Lunatic asylums Burma 1907-21 - 1907-1921
Year: 1907
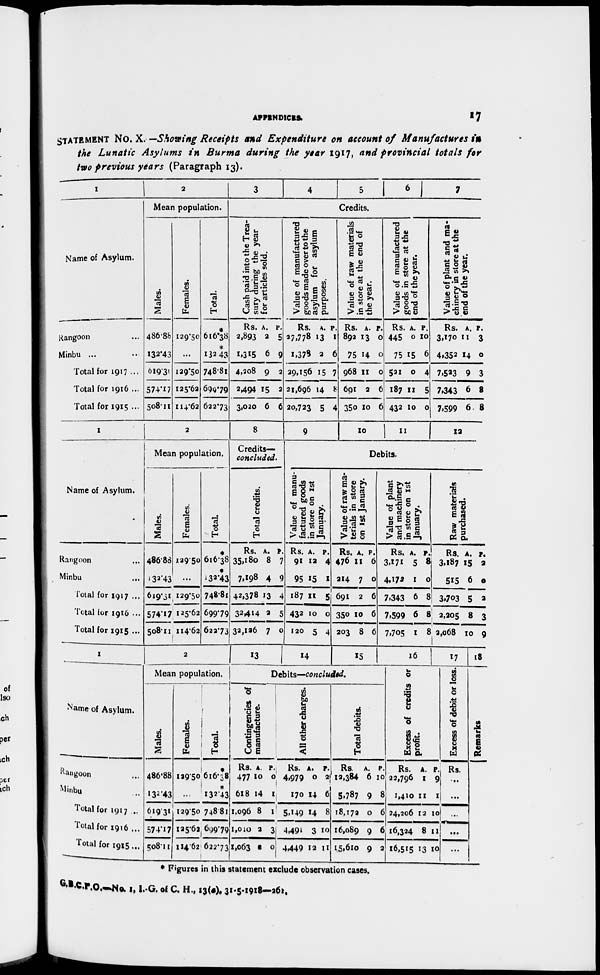
APPENDICES.
17
STATEMENT No. X. —Showing Receipts and Expenditure on account of Manufactures in
the Lunatic Asylums in Burma during the year 1917, and provincial totals for
two previous years (Paragraph 13).
1
Name of Asylum.
Rangoon ...
Minbu ... ...
Total for 1917 ...
Total for 1916 ...
Total for 1915 ...
2
Mean population.
Males.
486.88
132.43
619.31
574.17
508.11
Females.
129.50
...
129.50
125.62
114.62
Total.
*
616.38
*
132.43
748.81
690.79
622.73
3
4
5
6
7
Credits.
Cash paid into the Trea-
sury during the year
for articles sold.
Rs.
2,893
1,315
4,208
2,494
3,020
A.
2
6
9
15
6
P.
5
9
2
2
6
Value of manufactured
goods made over to the
asylum for asylum
purposes.
Rs.
27,778
1,378
29,156
21,696
20,723
A.
13
2
15
14
5
P.
1
6
7
8
4
Value of raw materials
in store at the end of
the year.
Rs.
892
75
968
691
350
A.
13
14
11
2
10
P.
0
0
0
6
6
Value of manufactured
goods in store at the
end of the year.
Rs.
445
75
521
187
432
A.
0
15
0
11
10
P.
10
6
4
5
0
Value of plant and ma-
chinery in store at the
end of the year.
Rs.
3,170
4,352
7,523
7,343
7,599
A.
11
14
9
6
6
P.
3
0
3
8
8
1
Name of Asylum.
Rangoon ...
Minbu ...
Total for 1917 ...
Total for 1916 ...
Total for 1915 ...
2
Mean population.
Males.
486.88
132.43
619.31
574.17
508.11
Females.
129.50
...
129.50
125.62
114.62
Total.
*
616.38
*
132.43
748.81
699.79
622.73
8
Credits—
concluded.
Total credits.
Rs.
35,180
7,198
42,378
32,414
32,126
A.
8
4
13
2
7
P.
7
9
4
5
0
9
10
11
12
Debits.
Value of manu-
factured goods
in store on 1st
January.
Rs.
91
95
187
432
120
A.
12
15
11
10
5
P.
4
1
5
0
4
Value of raw ma-
terials in store
on 1st January.
Rs.
476
214
691
350
203
A.
11
7
2
10
8
P.
6
0
6
6
6
Value of plant
and machinery
in store on 1st
January.
Rs.
3,171
4,172
7,343
7,599
7,705
A.
5
1
6
6
1
P.
8
0
8
8
8
Raw materials
purchased.
Rs.
3,187
515
3,703
2,205
2,068
A.
15
6
5
8
10
P.
2
0
2
3
9
1
Name of Asylum.
Rangoon ...
Minbu ...
Total for 1917 ...
Total for 1916 ...
Total for 1915 ...
2
Mean population.
Males.
486.88
132.43
619.31
574.17
508.11
Females.
129.50
...
129.50
125.62
114.62
Total.
*
616.38
*
132.43
748.81
699.79
622.73
13
14
15
Debits—concluded.
Contingencies of
manufacture.
Rs.
477
618
1,096
1,010
1,063
A.
10
14
8
2
8
P.
0
1
1
3
0
All other charges.
Rs.
4,979
170
5,149
4,491
4,449
A.
0
14
14
3
12
P.
2
6
8
10
11
Total debits.
Rs.
12,384
5,787
18,172
16,089
15,610
A.
6
9
0
9
9
P.
10
8
6
6
2
16
Excess of credits or
profit.
Rs.
22,796
1,410
24,206
16,324
16,515
A.
1
11
12
8
13
P.
9
1
10
11
10
17
Excess of debit or loss.
Rs.
...
...
...
...
...
18
Remarks
* Figures in this statement exclude observation cases.
G.B.C.P.O.—No. 1, I.-G. of C. H., 13(a), 31-5-1918—261.